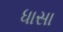
ધાસા